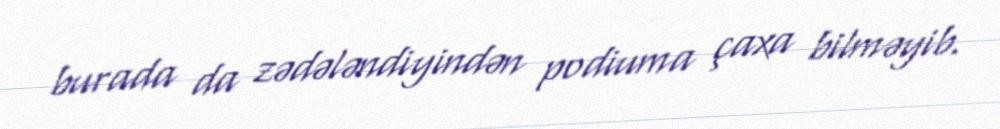
burada da zədələndiyindən podiuma çaxa bilməyib.